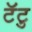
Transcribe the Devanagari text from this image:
टॅटु